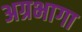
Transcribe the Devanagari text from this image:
अग्रभागा